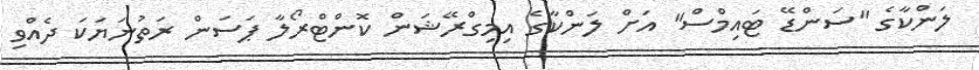
ލަންކާގެ "ސަންޑޭ ޓައިމްސް" އަށް ލަންކާގެ އިމިގްރޭޝަން ކޮންޓްރޯލާ ޕަސަން ރަތުނަޔަކަ ދެއްވި